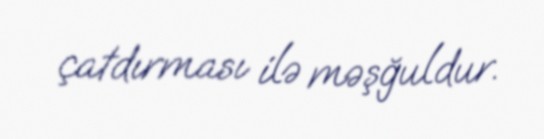
çatdırması ilə məşğuldur.